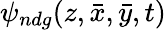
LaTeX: \psi_{ndg}(z,\bar{x},\bar{y},t)